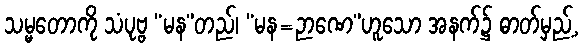
သမ္မတောကို သံပုဗ္ဗ “မန”တည်၊ “မန=ဉာဏေ”ဟူသော အနက်၌ ဓာတ်မှည့်,